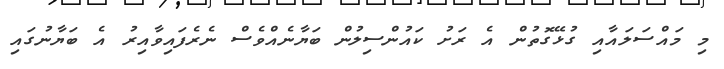
މި މައްސަލައާއި ގުޅޭގޮތުން އެ ރަށު ކައުންސިލުން ބަޔާނެއްވެސް ނެރެފައިވާއިރު އެ ބަޔާނުގައި